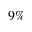
9 \%